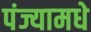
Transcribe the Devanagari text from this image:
पंज्यामधे